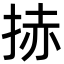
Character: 捇